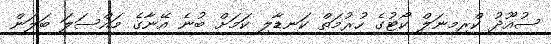
ސުއޫދު ކްރިމިނަލް ކޯޓުގެ ހުރުމަތް ކަނޑާލި ކަމަށް ބުނެ އޭނާގެ މައްސަލަ ބަލަން